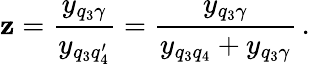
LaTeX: \mathbf{z}=\frac{{y_{q_{3}\gamma}}}{{y_{q_{3}q_{4}^{\prime}}}}=\frac{{y_{q_{3}\gamma}}}{{y_{q_{3}q_{4}}+y_{q_{3}\gamma}}}\, .